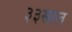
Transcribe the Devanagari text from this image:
३३साल